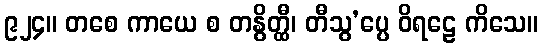
၉၂၄။ တစေ ကာယေ စ တနွိတ္ထီ၊ တီသွ’ပ္ပေ ဝိရဠေ ကိသေ။